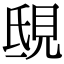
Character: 𧠟